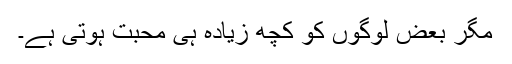
مگر بعض لوگوں کو کچھ زیادہ ہی محبت ہوتی ہے۔